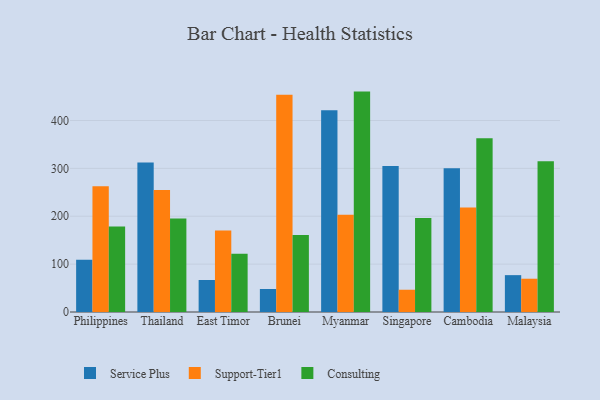
{"axis": {"x": "Country", "y": "Satisfaction Score"}, "legend": ["Consulting", "Service Plus", "Support-Tier1"], "data": [{"x": "Philippines", "y": 109.0, "type": "Service Plus"}, {"x": "Philippines", "y": 262.9, "type": "Support-Tier1"}, {"x": "Philippines", "y": 178.4, "type": "Consulting"}, {"x": "Thailand", "y": 312.5, "type": "Service Plus"}, {"x": "Thailand", "y": 254.6, "type": "Support-Tier1"}, {"x": "Thailand", "y": 195.4, "type": "Consulting"}, {"x": "East Timor", "y": 66.8, "type": "Service Plus"}, {"x": "East Timor", "y": 170.1, "type": "Support-Tier1"}, {"x": "East Timor", "y": 121.8, "type": "Consulting"}, {"x": "Brunei", "y": 48.1, "type": "Service Plus"}, {"x": "Brunei", "y": 453.8, "type": "Support-Tier1"}, {"x": "Brunei", "y": 160.8, "type": "Consulting"}, {"x": "Myanmar", "y": 421.3, "type": "Service Plus"}, {"x": "Myanmar", "y": 202.9, "type": "Support-Tier1"}, {"x": "Myanmar", "y": 460.4, "type": "Consulting"}, {"x": "Singapore", "y": 304.8, "type": "Service Plus"}, {"x": "Singapore", "y": 46.5, "type": "Support-Tier1"}, {"x": "Singapore", "y": 196.5, "type": "Consulting"}, {"x": "Cambodia", "y": 300.1, "type": "Service Plus"}, {"x": "Cambodia", "y": 218.4, "type": "Support-Tier1"}, {"x": "Cambodia", "y": 362.7, "type": "Consulting"}, {"x": "Malaysia", "y": 77.0, "type": "Service Plus"}, {"x": "Malaysia", "y": 69.5, "type": "Support-Tier1"}, {"x": "Malaysia", "y": 314.9, "type": "Consulting"}]}